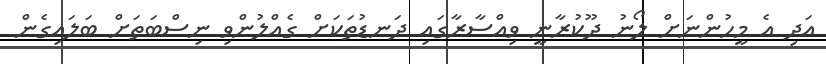
އަދި އެ މީހުންނަށް ލޯނު ދޫކުރާނީ ވިއްސާރާގައި ދަނޑުތަކަށް ގެއްލުންވި ނިސްބަތަށް ބަލައިގެން